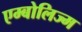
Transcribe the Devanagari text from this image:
एम्बोलिज्म